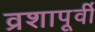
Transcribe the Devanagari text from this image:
व्रशापूर्वी